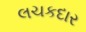
લચકદાર